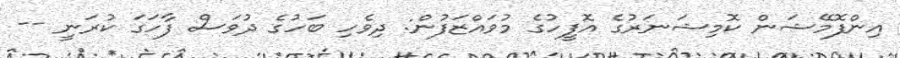
އިންފޮމޭޝަން ކޮމިޝަނަރުގެ އޮފީހުގެ މުވައްޒަފުން: ދިވެހި ބަހުގެ ދުވަސް ފާހަގަ ކުރަނީ --